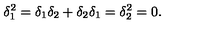
\delta _ { 1 } ^ { 2 } = \delta _ { 1 } \delta _ { 2 } + \delta _ { 2 } \delta _ { 1 } = \delta _ { 2 } ^ { 2 } = 0 .